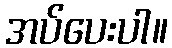
အပ်ပေးပါ။